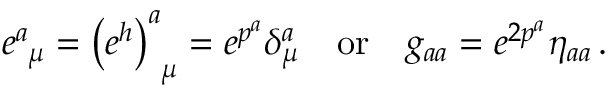
e _ { ~ \mu } ^ { a } = \left( e ^ { h } \right) _ { ~ \mu } ^ { a } = e ^ { p ^ { a } } \delta _ { \mu } ^ { a } ~ ~ ~ \mathrm { o r } ~ ~ ~ g _ { a a } = e ^ { 2 p ^ { a } } \eta _ { a a } \, .